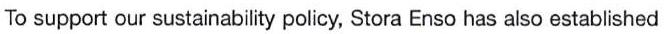
To support our sustainability policy, Stora Enso has also established